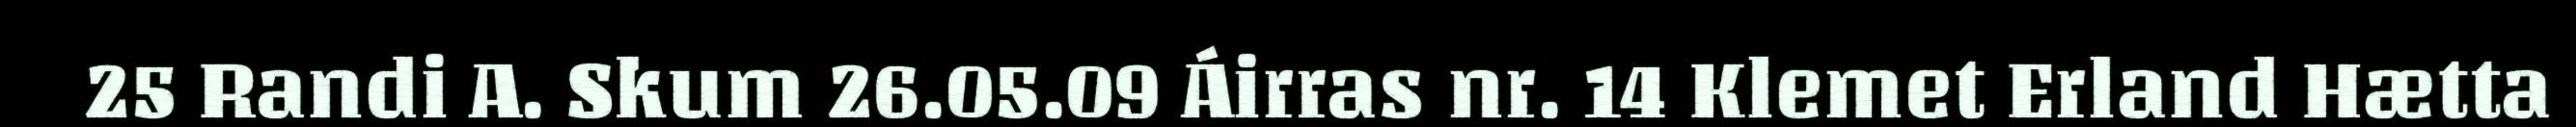
25 Randi A. Skum 26.05.09 Áirras nr. 14 Klemet Erland Hætta